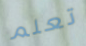
تعلم